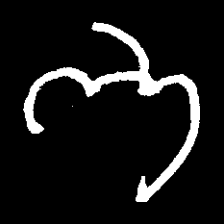
Pyu character \u2014 Myanmar letter: ဘ (romanized: bha)